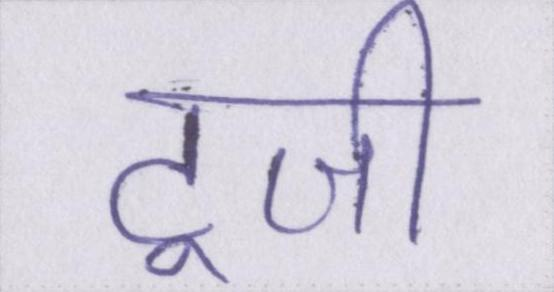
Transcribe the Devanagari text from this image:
टूजी